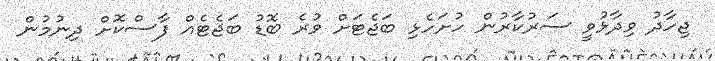
ޖިހާދު ވިދާޅުވީ ސަރުކާރުން ހުށަހެޅި ބަޖެޓަށް ވުރެ ބޮޑު ބަޖެޓެއް ފާސްކޮށް ދިނުމުން